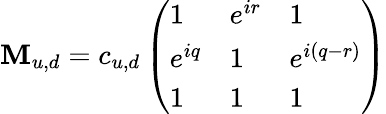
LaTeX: \mathbf{M}_{u,d}=c_{u,d}\left(\begin{array}{lll}{{1}}&{{e^{ir}}}&{{1}}\\ {{e^{iq}}}&{{1}}&{{e^{i(q-r)}}}\\ {{1}}&{{1}}&{{1}}\end{array}\right)